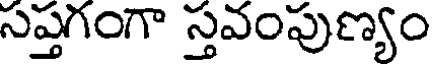
సప్తగంగా స్తవంపుణ్యం